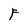
Character: F